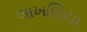
લાખણિયા